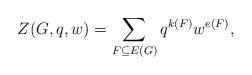
LaTeX: \begin{align*}Z(G,q,w)=\sum_{F\subseteq E(G)}q^{k(F)}w^{e(F)},\end{align*}